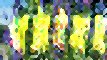
খাটাইয়াছ